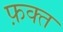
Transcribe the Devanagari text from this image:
फ़क्‍त